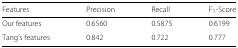
<table><thead><tr><td><b>Features</b></td><td><b>Precision</b></td><td><b>Recall</b></td><td><b>F <sub>1</sub>-Score</b></td></tr></thead><tbody><tr><td>Our features</td><td>0.6560</td><td>0.5875</td><td>0.6199</td></tr><tr><td>Tang’s features</td><td>0.842</td><td>0.722</td><td>0.777</td></tr></tbody></table>